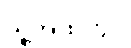
သူ့အထဲတွင်